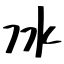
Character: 冰